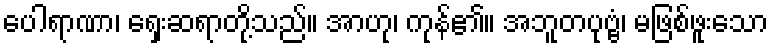
ပေါရာဏာ၊ ရှေးဆရာတို့သည်။ အာဟု၊ ကုန်၏။ အဘူတပုဗ္ဗံ၊ မဖြစ်ဖူးသော